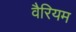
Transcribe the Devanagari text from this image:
वैरियम